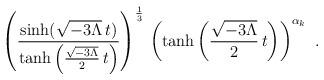
LaTeX: \begin{align*}\left(\frac{\sinh(\sqrt{-3\Lambda}\,t)}{\tanh\left(\frac{\sqrt{-3\Lambda}}{2}\, t\right)}\right)^{1\over 3}\, \left(\tanh\left(\frac{\sqrt{-3\Lambda}}{2}\, t\right) \right)^{\alpha_k}\ .\end{align*}